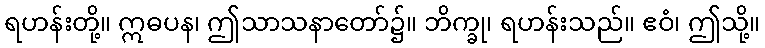
ရဟန်းတို့။ ဣဓပန၊ ဤသာသနာတော်၌။ ဘိက္ခု၊ ရဟန်းသည်။ ဧဝံ၊ ဤသို့။